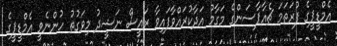
އެމްޑީޕީގެ ފުރަތަމަ ޗެއާޕާސަންގެ މަގާމު އަދާކުރައްވާފައިވާ ރައީސް ނަޝީދު މިވަގުތު ހުންނެވީ އެމްޑީޕީގެ